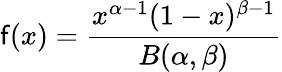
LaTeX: \mathsf{f}(x)={\frac{{x^{\alpha-1}(1-x)^{\beta-1}}}{{B(\alpha,\beta)}}}